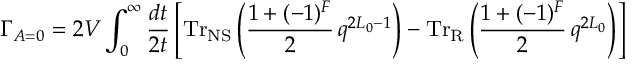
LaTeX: \Gamma _ { A = 0 } = 2 V \int _ { 0 } ^ { \infty } \frac { d t } { 2 t } \left[ \mathrm { T r } _ { \mathrm { N S } } \left( \frac { 1 + ( - 1 ) ^ { \cal F } } { 2 } \, q ^ { 2 L _ { 0 } - 1 } \right) - \mathrm { T r } _ { \mathrm { R } } \left( \frac { 1 + ( - 1 ) ^ { \cal F } } { 2 } \, q ^ { 2 L _ { 0 } } \right) \right]